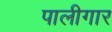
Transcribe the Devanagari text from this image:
पालीगार